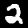
Digit: 2